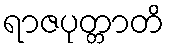
ရာဇပုတ္တာတိ